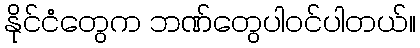
နိုင်ငံတွေက ဘဏ်တွေပါဝင်ပါတယ်။